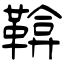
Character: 鞥